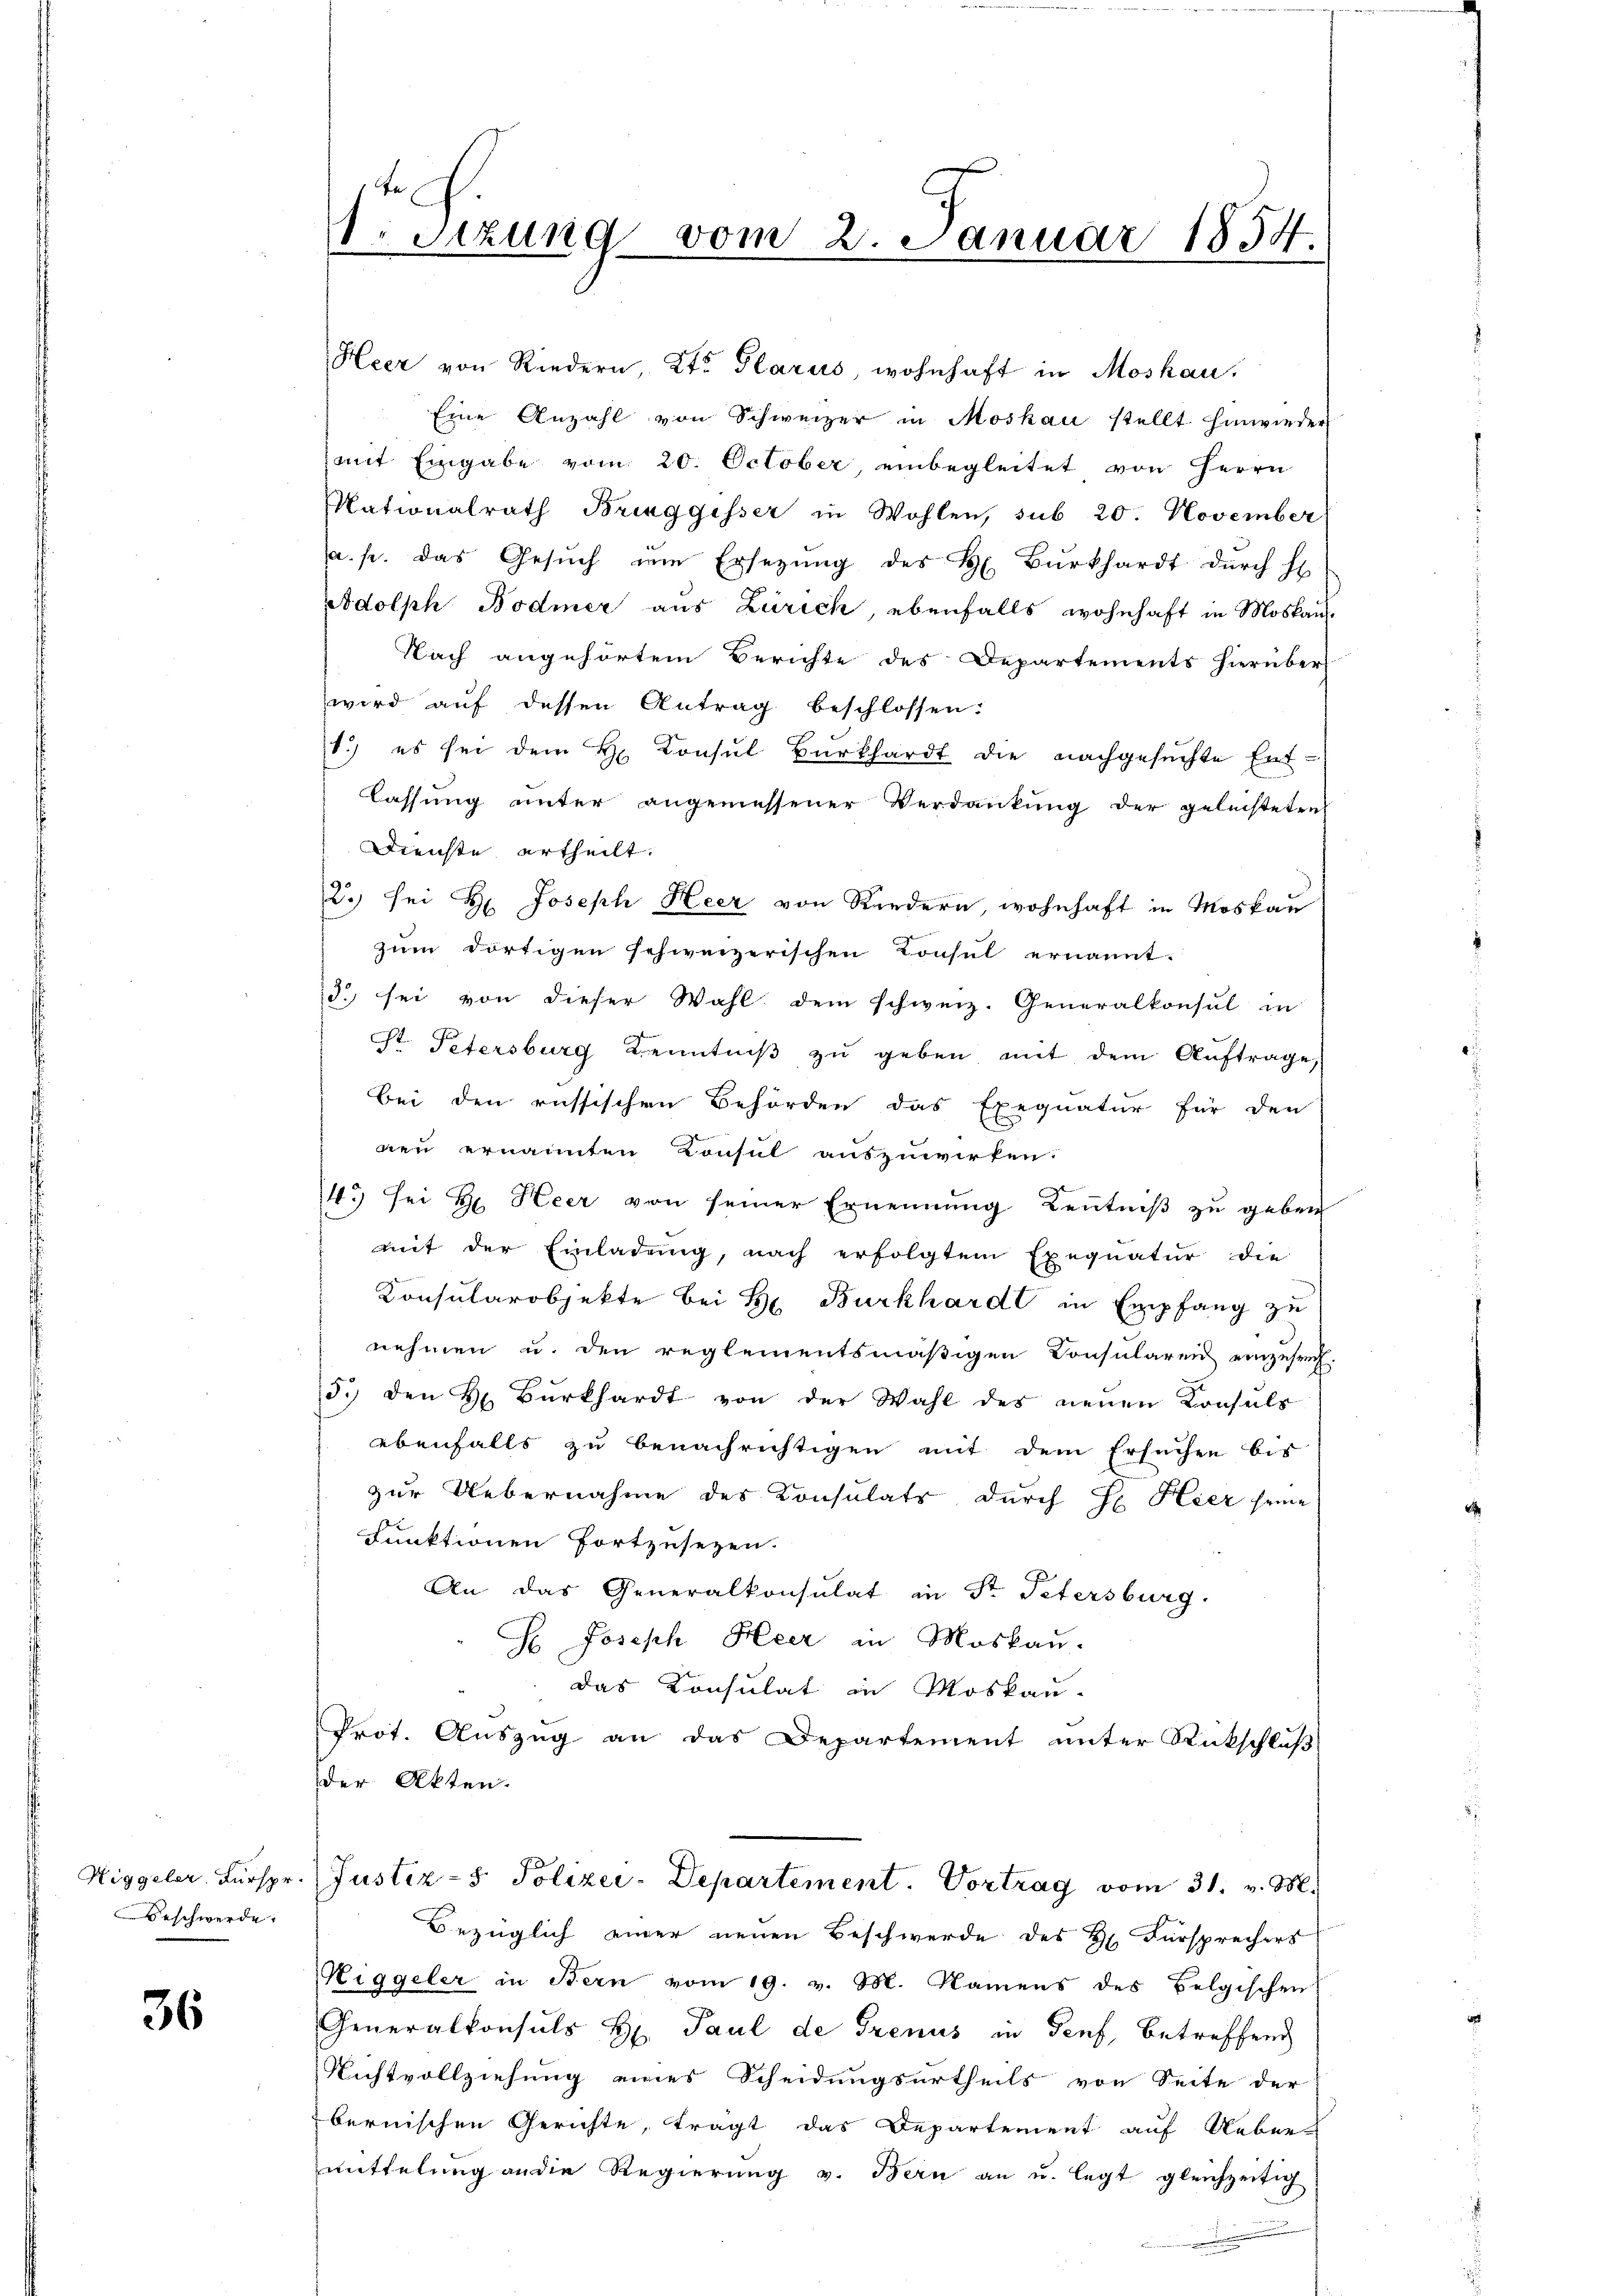
Higgeler. Fürspr.
Beschwerde.

36

1. Sizung vom 2. Januar 1854.

Heer von Riedern, Kt. Glarus, wohnhaft in Moskau,
Eine Anzahl von Schweizer in Moskau stellt hinwieder
mit Eingabe vom 20. October einbegleitet von Herrn
Nationalrath Bringgisser in Wohlen, sub 20. November
a. p. das Gesŭch ŭm Ersetzŭng des H. Bŭrkhardt dŭrch H
Adolph Bodmer aus Zürich, ebenfalls wohnhaft in Moskau¬
Nach angehörtem Berichte des Departements hierüber
wird aŭf dessen Antrag beschlossen:
1.) es sei dem H Consul Burkhardt die nachgesuchte Entlassŭng ŭnter angemessener Verdankŭng der geleisteten
Dienste ertheilt.
2.) sei Hr. Joseph Heer von Riedern, wohnhaft in Moskau
zum dortigen schweizerischen Konsul ernannt:
d. sei von dieser Wahl dem schweiz. Generalkonsul in
St. Petersburg Kenntniβ zŭ geben mit dem Aŭftrage,
Bei den russischen Behörden das Exequatur für den
nen ernannten Consul auszuwirken.
ge
14.) Sei Hr. Heer von seiner Ernennung Kenntniß zu geben
mit der Einladŭng, nach erfolgtem Exequatur die
Konsularobjekte bei L Burkhardt in Empfang zu
nehmen u. den reglementsmäβigen Consularen einzuseh-
3.) den H. Burkhardt von der Wahl des neuen Konsuls
ebenfalls zu benachrichtigen mit dem Ersuchen bis
zur Uebernahme des Konsulats durch Hr. Hier seine
Funktionen fortzusezen.
An das Generalkonsulat in Sr. Petersburg
H Joseph Heer in Moskau
das Konsulat in Moskau-
Prot. Auszug an das Departement unter Rückschluß
der Akten.
Justiz- & Polizei-Departement. Vortrag vom 31. v. M.
Bezüglich einer neuen Beschwerde des Hr. Fürsprechers
Riggeler in Bern vom 19. v. M. Namens des Belgischen
Generalkonsuls H. Paul de Grenus in Genf, betreffend
Nichtvollziehung eines Scheidungsurtheils von Seite der
bernischen Gerichte, tragt das Departement auf Ueber
mittelung an die Regierŭng v. Bern an u. legt gleichzeitig
.